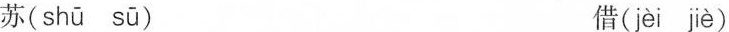
苏( shū sū ) 借( jèi jè )